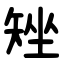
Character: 矬